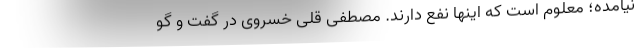
نیامده؛ معلوم است که اینها نفع دارند. مصطفی قلی خسروی در گفت و گو